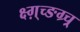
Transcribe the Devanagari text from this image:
क्ष्ग़्च्ङग्र्च्र्